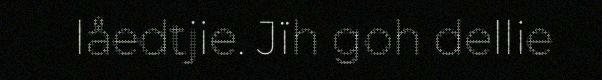
låedtjie. Jïh goh dellie